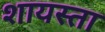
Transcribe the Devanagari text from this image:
शायस्ता